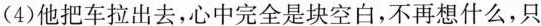
(4)他把车拉出去，心中完全是块空白，不再想什么，只